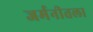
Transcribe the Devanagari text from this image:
जर्मनीतला